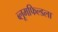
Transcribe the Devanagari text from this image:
ब्लूमफिल्डला